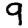
Digit: 9